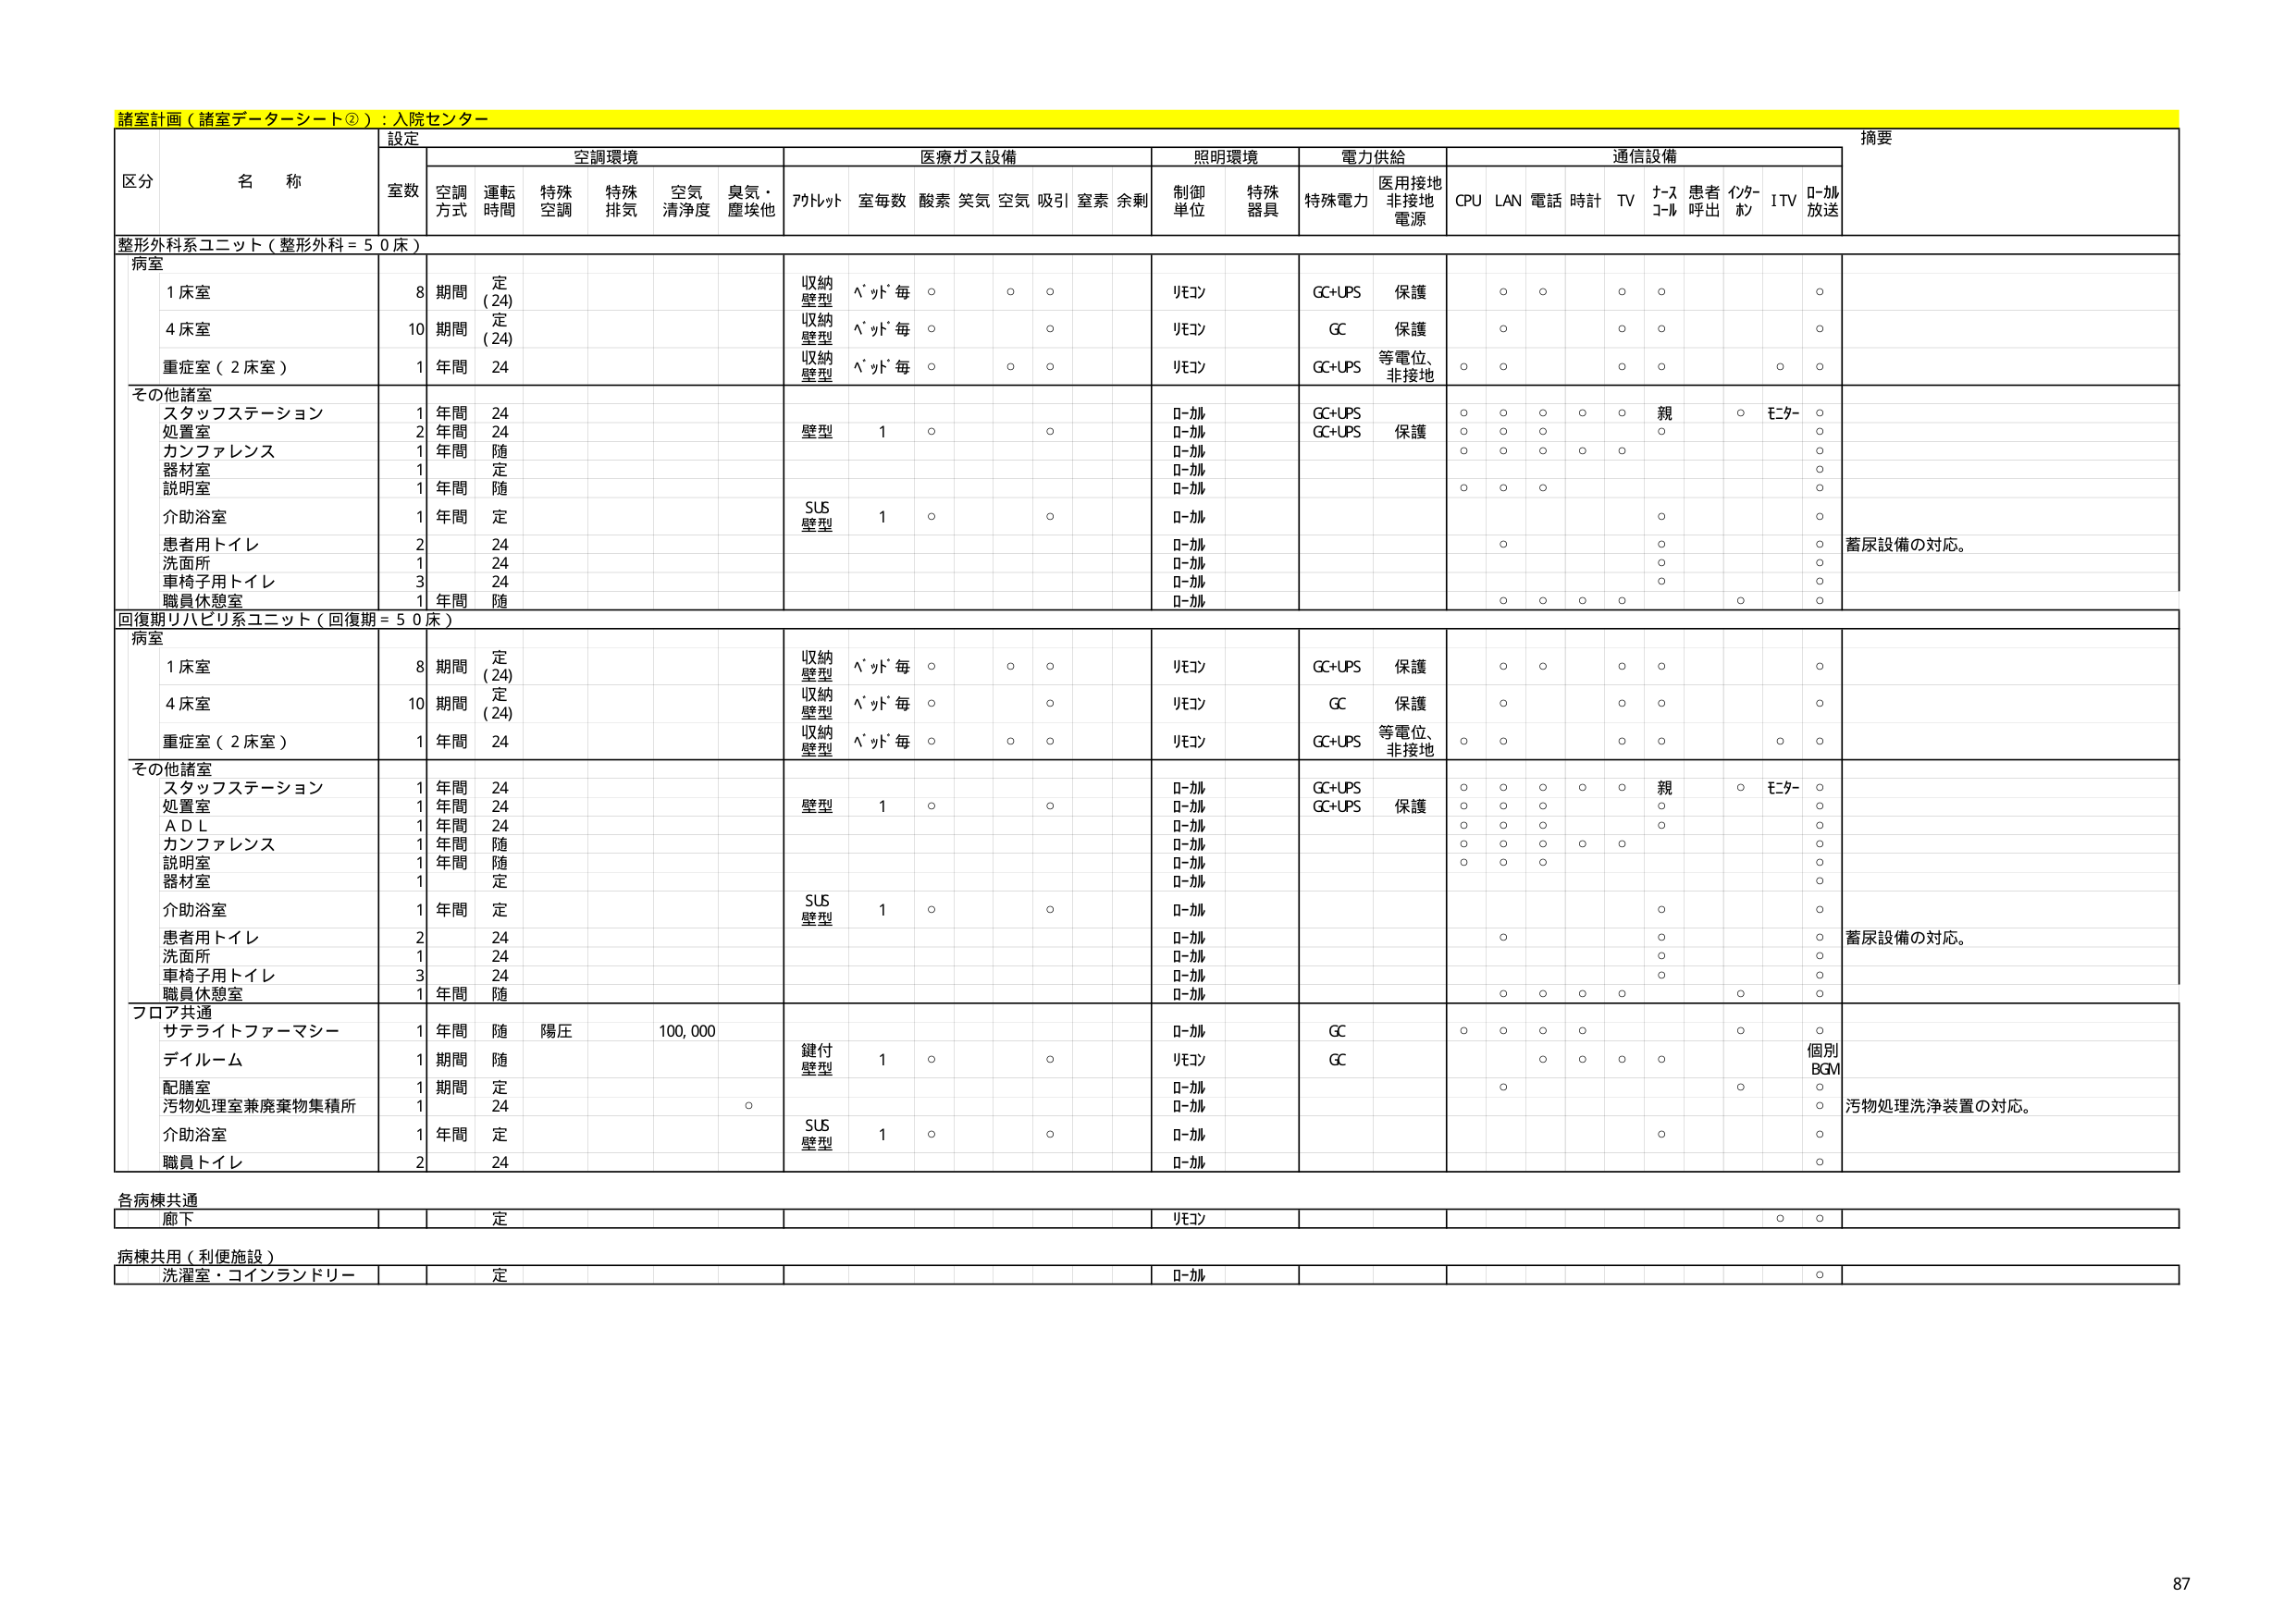
諸室計画（諸室データーシート②）：入院センター

設定
摘要

区分 名称
室数 空調方式 運転時間 特殊空調 特殊排気 空気清浄度 臭気・塵埃他 アルトット 室毎数 酸素 笑気 空気 吸引 窒素 余剰 制御単位 特殊器具 特殊電力 医用接地非接地電源 CPU LAN 電話 時計 TV ナースコール 患者呼出 インターホン ITV ローカル放送

整形外科系ユニット（整形外科＝50床）
病室
1床室 8 期間 定（24） 収納壁型 ヘッド毎 ○ ○ ○ リモコン GC+UPS 保護 ○ ○ ○ ○ ○
4床室 10 期間 定（24） 収納壁型 ヘッド毎 ○ ○ リモコン GC 保護 ○ ○ ○
重症室（2床室） 1 年間 24 収納壁型 ヘッド毎 ○ ○ ○ リモコン GC+UPS 等電位、非接地 ○ ○ ○ ○ ○ ○

その他諸室
スタッフステーション 1 年間 24 壁型 1 ○ ○ ローカル GC+UPS ○ ○ ○ ○ ○ 親 ○ モニター ○
処置室 2 年間 24 ローカル GC+UPS 保護 ○ ○ ○ ○ ○ ○
カンファレンス 1 年間 随 ローカル ○ ○ ○ ○ ○
器材室 1 年間 定 ローカル ○
説明室 1 年間 随 ローカル ○ ○ ○ ○
介助浴室 1 年間 定 SUS壁型 1 ○ ○ ローカル ○ ○
患者用トイレ 2 24 ローカル ○ ○ 蓄尿設備の対応。
洗面所 1 24 ローカル ○ ○
車椅子用トイレ 3 24 ローカル ○ ○
職員休憩室 1 年間 随 ローカル ○ ○ ○ ○ ○ ○

回復期リハビリ系ユニット（回復期＝50床）
病室
1床室 8 期間 定（24） 収納壁型 ヘッド毎 ○ ○ ○ リモコン GC+UPS 保護 ○ ○ ○ ○ ○
4床室 10 期間 定（24） 収納壁型 ヘッド毎 ○ ○ リモコン GC 保護 ○ ○ ○
重症室（2床室） 1 年間 24 収納壁型 ヘッド毎 ○ ○ ○ リモコン GC+UPS 等電位、非接地 ○ ○ ○ ○ ○ ○

その他諸室
スタッフステーション 1 年間 24 壁型 1 ○ ○ ローカル GC+UPS ○ ○ ○ ○ ○ 親 ○ モニター ○
処置室 1 年間 24 ローカル GC+UPS 保護 ○ ○ ○ ○ ○
ＡＤＬ 1 年間 24 ローカル ○ ○ ○
カンファレンス 1 年間 随 ローカル ○ ○ ○ ○ ○
説明室 1 年間 随 ローカル ○ ○ ○
器材室 1 年間 定 ローカル ○
介助浴室 1 年間 定 SUS壁型 1 ○ ○ ローカル ○ ○
患者用トイレ 2 24 ローカル ○ ○ 蓄尿設備の対応。
洗面所 1 24 ローカル ○ ○
車椅子用トイレ 3 24 ローカル ○ ○
職員休憩室 1 年間 随 ローカル ○ ○ ○ ○ ○ ○

フロア共通
サテライトファーマシー 1 年間 随 陽圧 100,000 鍵付壁型 1 ○ ○ ローカル GC ○ ○ ○ ○ ○ 個別BGM ○
ディルーム 1 期間 随 リモコン GC ○ ○ ○ ○ ○
配膳室 1 期間 定 ローカル ○
汚物処理室兼廃棄物集積所 1 24 ○ ローカル ○ 汚物処理洗浄装置の対応。
介助浴室 1 年間 定 SUS壁型 1 ○ ○ ローカル ○ ○
職員トイレ 2 24 ローカル ○

各病棟共通
廊下 定 リモコン ○ ○

病棟共用（利便施設）
洗濯室・コインランドリー 定 ローカル ○

87